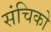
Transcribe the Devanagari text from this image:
संचिको